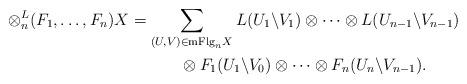
LaTeX: \begin{gather*} \otimes^L_{n}(F_1,\dots,F_n)X = \sum_{(U,V)\in \mathrm{mFlg}_nX} {L(U_1\backslash V_1) \otimes \dots \otimes L(U_{n-1}\backslash V_{n-1}})\\ \phantom{\otimes^L_{n}(F_1,\dots,F_n)X =}{} \otimes F_1 ( U_1\backslash V_0 ) \otimes \dots \otimes F_n ( U_n\backslash V_{n-1} ) .\end{gather*}